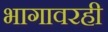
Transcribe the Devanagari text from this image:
भागावरही